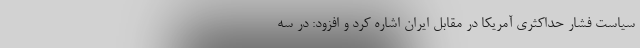
سیاست فشار حداکثری آمریکا در مقابل ایران اشاره کرد و افزود: در سه